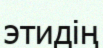
этидің